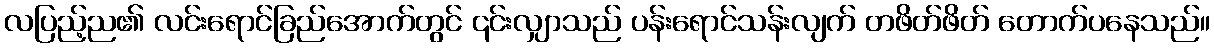
လပြည့်ည၏ လင်းရောင်ခြည်အောက်တွင် ၎င်းလျှာသည် ပန်းရောင်သန်းလျက် တဖိတ်ဖိတ် တောက်ပနေသည်။